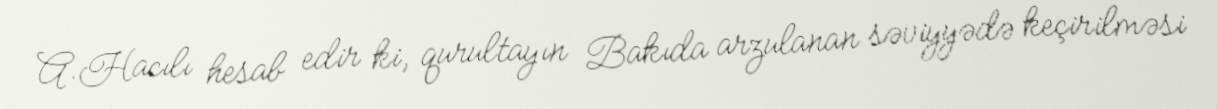
A.Hacılı hesab edir ki, qurultayın Bakıda arzulanan səviyyədə keçirilməsi